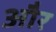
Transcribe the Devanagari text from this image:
और